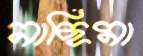
নাছিমা